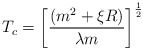
\begin{align*}T_c=\left[ \frac{\left( m^2+\xi R\right) }{\lambda m}\right]^{\frac 12}\end{align*}